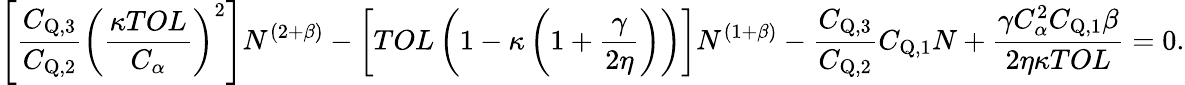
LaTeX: \left[\frac{C_{\mathrm{{Q},3}}}{C_{\mathrm{Q},2}}\left(\frac{\kappa TOL}{C_{\alpha}}\right)^{2}\right]N^{(2+\beta)}-\left[TOL\left(1-\kappa\left(1+\frac{\gamma}{2\eta}\right)\right)\right]N^{(1+\beta)}-\frac{C_{\mathrm{{Q},3}}}{C_{\mathrm{Q},2}}C_{\mathrm{{Q},1}}N+\frac{\gamma C_{\alpha}^{2}C_{\mathrm{Q},1}\beta}{2\eta\kappa TOL}=0.